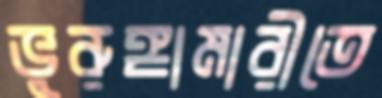
ভুরুঙ্গামারীতে